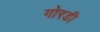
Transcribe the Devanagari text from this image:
गोरडी